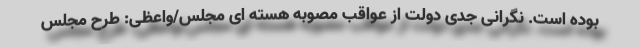
بوده است. نگرانی جدی دولت از عواقب مصوبه هسته ای مجلس/واعظی: طرح مجلس